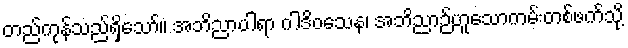
တည်ကုန်သည်ရှိသော်။ အဘိညာပါရာ ဂါဒိဝသေန၊ အဘိညာဉ်ဟူသောကမ်းတစ်ဖက်သို့